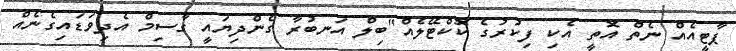
ޕާޓީއެއް ނެތް އޮތީ އެކި ފިކުރުގެ ކޮކްޓޭލެއް"ބިލް އަނބުރާ ގެންދިޔައީ ގާސިމް އެދިވަޑައިގެނެއް